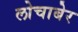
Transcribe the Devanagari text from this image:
लोचाबेर